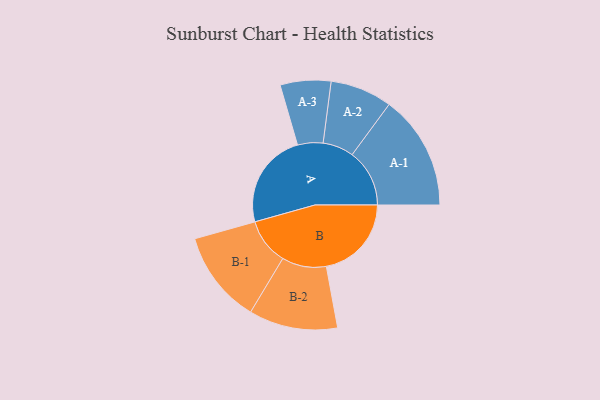
{"axis": {"x": "Segment", "y": "Value"}, "legend": ["", "A", "B"], "data": [{"x": "A", "y": 442, "type": ""}, {"x": "B", "y": 393, "type": ""}, {"x": "A-1", "y": 265, "type": "A"}, {"x": "A-2", "y": 143, "type": "A"}, {"x": "A-3", "y": 117, "type": "A"}, {"x": "B-1", "y": 214, "type": "B"}, {"x": "B-2", "y": 205, "type": "B"}]}